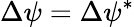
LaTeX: \Delta\psi=\Delta\psi^{*}